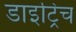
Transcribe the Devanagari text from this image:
डाइट्रिच